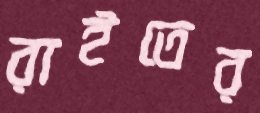
রাইতের